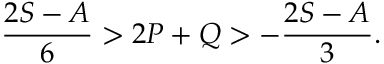
\frac { 2 S - A } { 6 } > 2 P + Q > - \frac { 2 S - A } { 3 } .